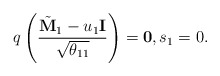
\begin{align*} q\left( \frac{\tilde{\bf M}_1-u_1 {\bf I}}{\sqrt{\theta_{11}}} \right) = {\bf 0}, s_1 = 0.\end{align*}